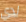
لدي